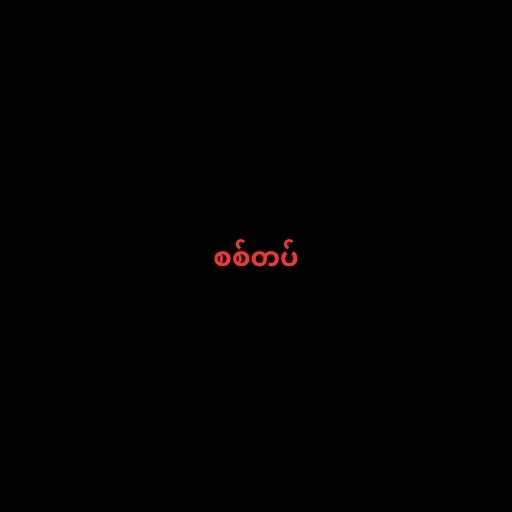
စစ်တပ်